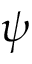
\psi